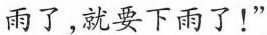
雨了，就要下雨了！”